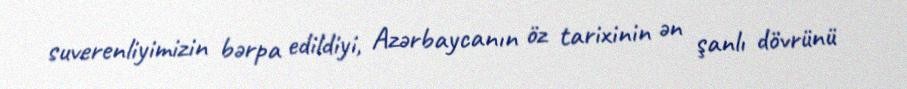
suverenliyimizin bərpa edildiyi, Azərbaycanın öz tarixinin ən şanlı dövrünü